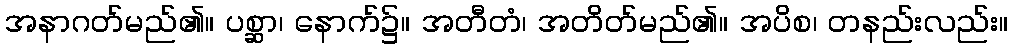
အနာဂတ်မည်၏။ ပစ္ဆာ၊ နောက်၌။ အတီတံ၊ အတိတ်မည်၏။ အပိစ၊ တနည်းလည်း။